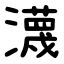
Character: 瀎